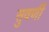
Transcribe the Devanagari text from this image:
सुवर्णी